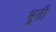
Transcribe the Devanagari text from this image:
भूती